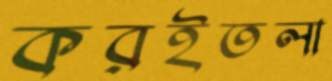
করইতলা